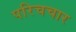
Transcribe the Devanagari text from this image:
परिचचार